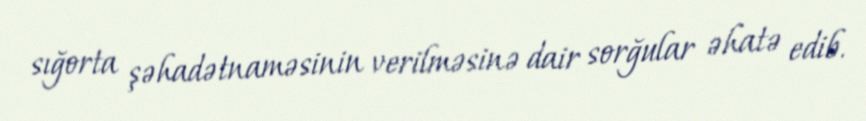
sığorta şəhadətnaməsinin verilməsinə dair sorğular əhatə edib.